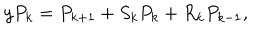
LaTeX: y P _ { k } = P _ { k + 1 } + S _ { k } P _ { k } + R _ { k } P _ { k - 1 } ,